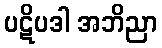
ပဋိပဒါ အဘိညာ